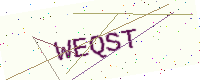
Text: WEQST